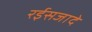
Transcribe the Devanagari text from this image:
रईसजादे